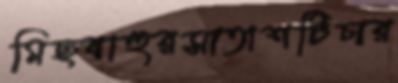
মিছবাহুরসাতাশটিচার